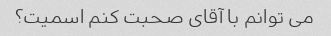
می توانم با آقای صحبت کنم اسمیت؟